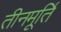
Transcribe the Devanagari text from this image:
तीनमूर्ति